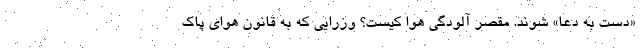
«دست به دعا» شوند. مقصر آلودگی هوا کیست؟ وزرایی که به قانون هوای پاک